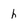
Character: h